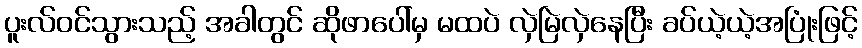
ပူးလ်ဝင်သွားသည့် အခါတွင် ဆိုဖာပေါ်မှ မထပဲ လှဲမြဲလှဲနေပြီး ခပ်ယဲ့ယဲ့အပြုံးဖြင့်